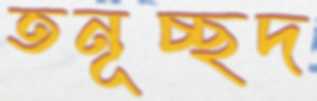
তনূচ্ছদ